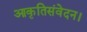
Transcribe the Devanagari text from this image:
आकृतिसंवेदन।